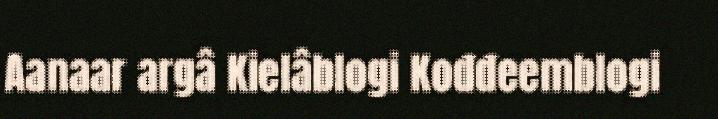
Aanaar argâ Kielâblogi Kođđeemblogi